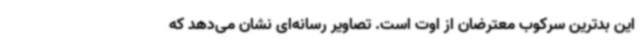
این بدترین سرکوب معترضان از اوت است. تصاویر رسانه‌ای نشان می‌دهد که